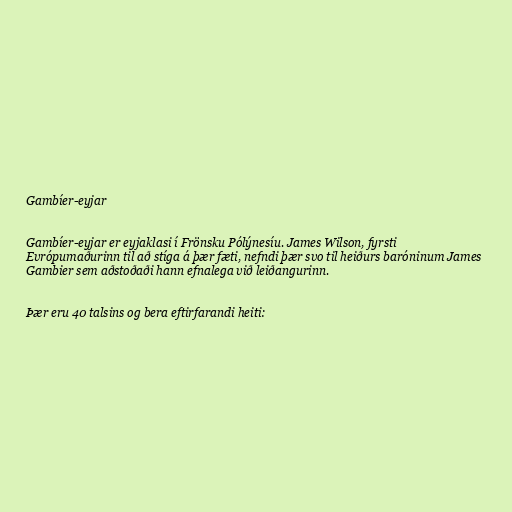
Gambíer-eyjar

Gambíer-eyjar er eyjaklasi í Frönsku Pólýnesíu. James Wilson, fyrsti
Evrópumaðurinn til að stíga á þær fæti, nefndi þær svo til heiðurs baróninum James
Gambier sem aðstoðaði hann efnalega við leiðangurinn.

Þær eru 40 talsins og bera eftirfarandi heiti: